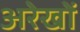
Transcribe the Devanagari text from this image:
अरेखों